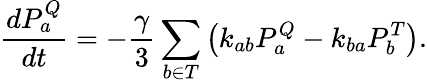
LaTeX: \frac{dP_{a}^{Q}}{dt}=-\frac{\gamma}{3}\sum_{b\in T}\left(k_{ab}P_{a}^{Q}-k_{ba}P_{b}^{T}\right).